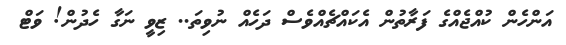
އަންހެން ކުއްޖެއްގެ ފަރާތުން އެކައްޗެއްވެސް ދަހެއް ނުވިތަ.. ޒިވީ ނަގާ ހެދުން! ވަޓް